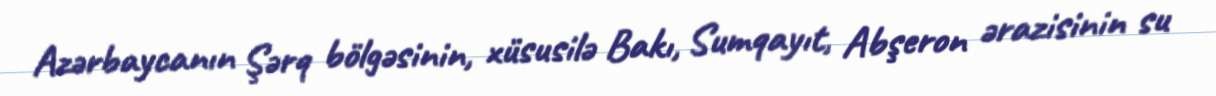
Azərbaycanın Şərq bölgəsinin, xüsusilə Bakı, Sumqayıt, Abşeron ərazisinin su